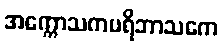
အက္ကောသကပရိဘာသကေ